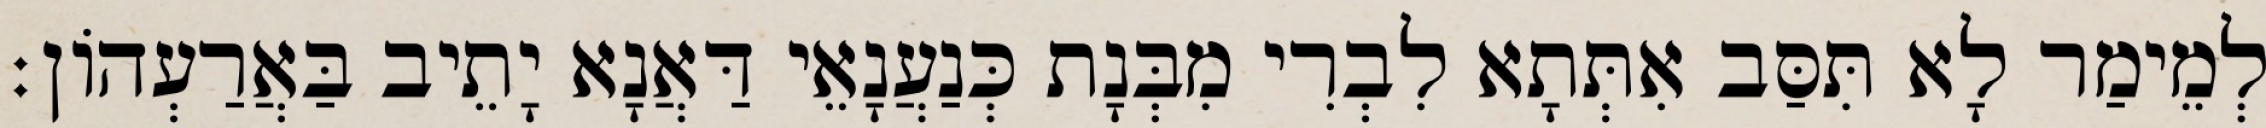
לְמֵימַר לָא תִּסַּב אִתְּתָא לִבְרִי מִבְּנָת כְּנַעֲנָאֵי דַּאֲנָא יָתֵיב בַּאֲרַעְהוֹן׃